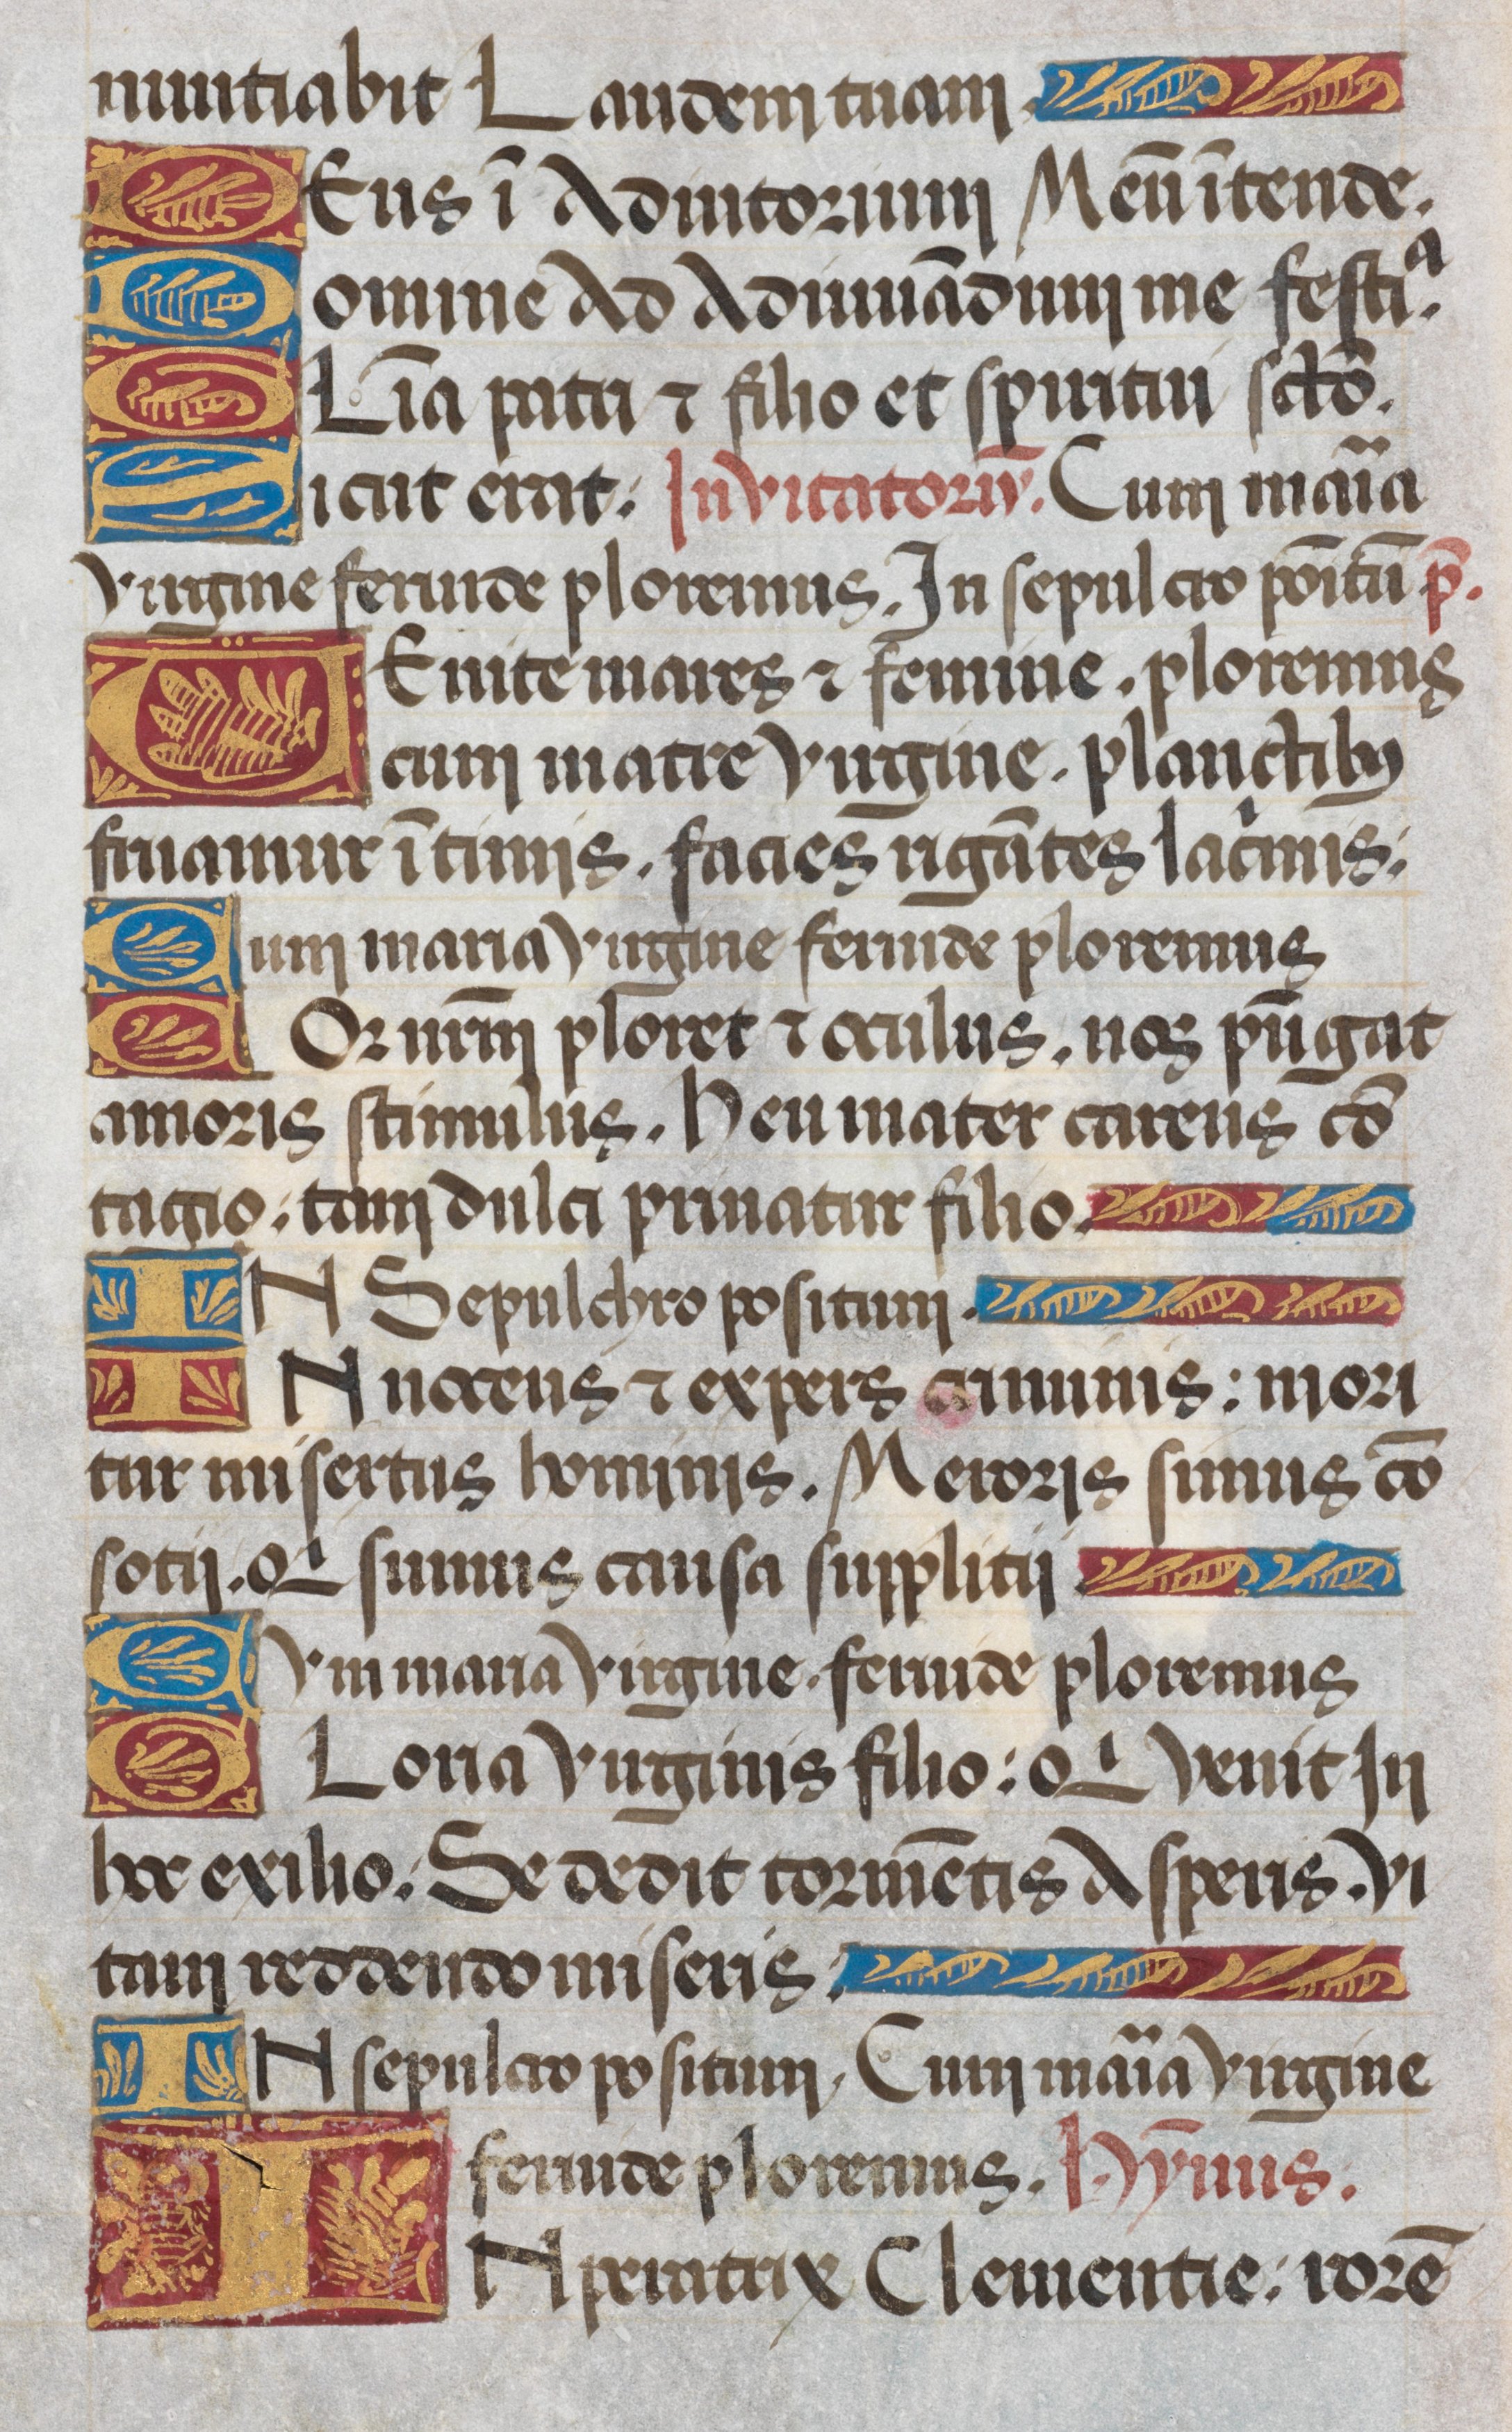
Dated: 1485–1515